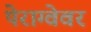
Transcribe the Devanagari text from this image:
पेराग्वेवर